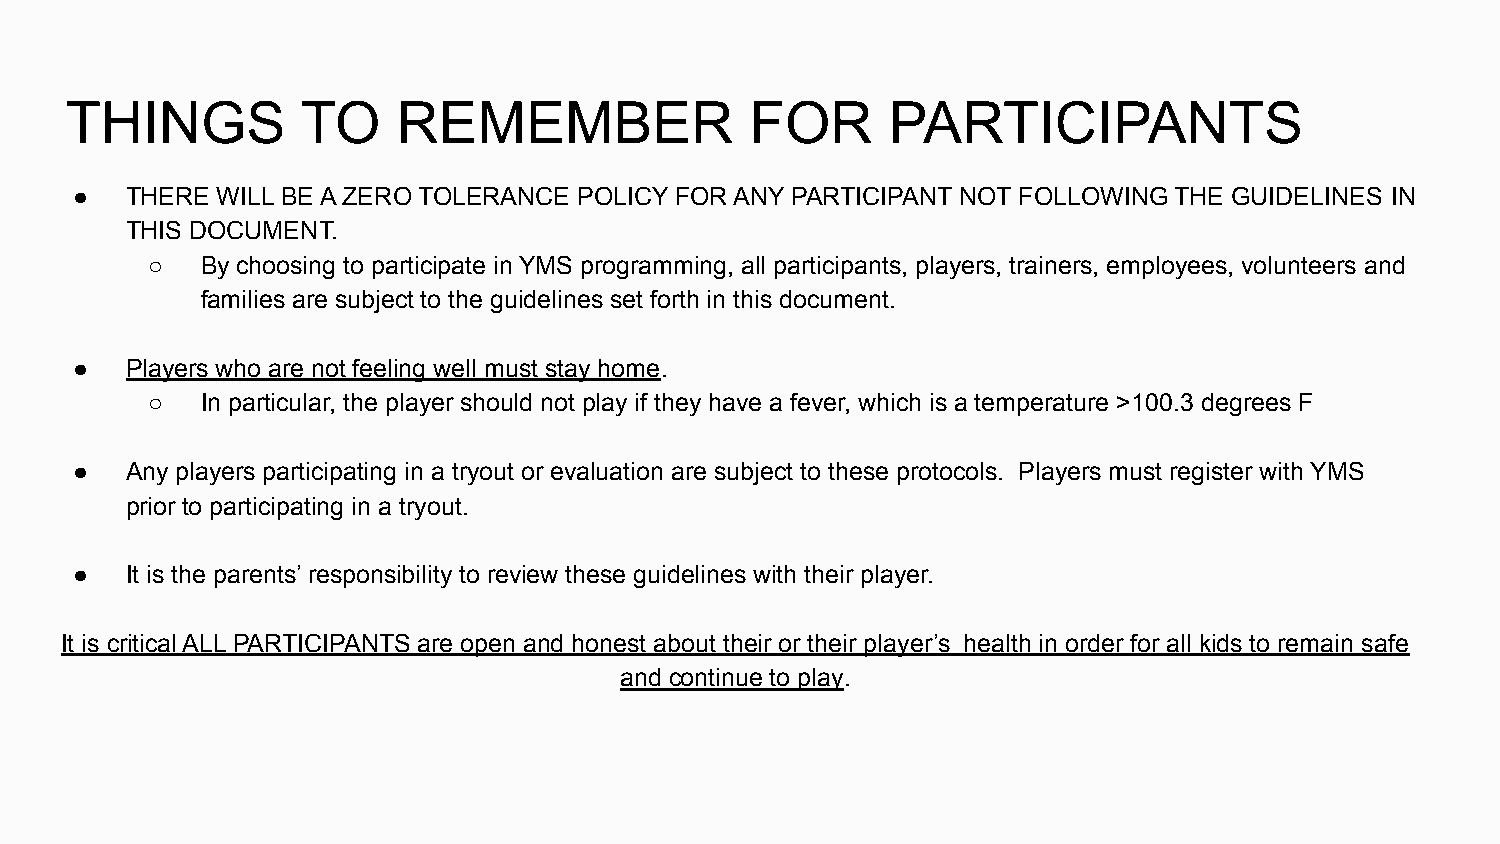
THINGS          TO    REMEMBER                FOR      PARTICIPANTS
 ●  THERE WILL BE A ZERO TOLERANCE POLICY FOR ANY PARTICIPANT NOT FOLLOWING THE GUIDELINES IN
 THIS DOCUMENT.
 ○  By choosing to participate in YMS programming, all participants, players, trainers, employees, volunteers and
 families are subject to the guidelines set forth in this document.
 ●  Players who are not feeling well must stay home.
 ○  In particular, the player should not play if they have a fever, which is a temperature >100.3 degrees F
 ●  Any players participating in a tryout or evaluation are subject to these protocols. Players must register with YMS
 prior to participating in a tryout.
 ●  It is the parents’ responsibility to review these guidelines with their player.
 It is critical ALL PARTICIPANTS are open and honest about their or their player’s health in order for all kids to remain safe
 and continue to play.